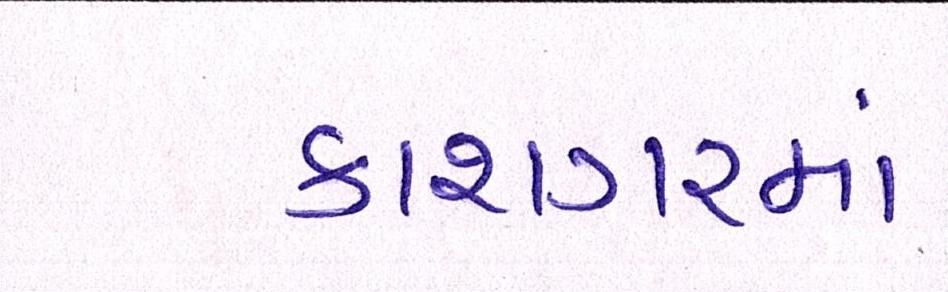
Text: કાશ્ગરમાં